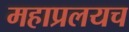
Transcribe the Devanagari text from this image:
महाप्रलयच